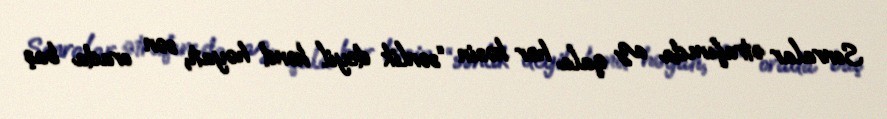
Sonralar ətrafımda az qala hər kəsin “sənlik deyil kənd həyatı, sən orada baş